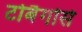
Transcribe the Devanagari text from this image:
टोबैगोसे